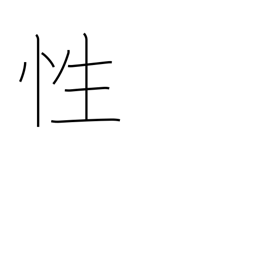
Meaning: sex